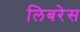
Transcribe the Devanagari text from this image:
लिबरेस